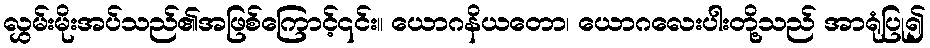
လွှမ်းမိုးအပ်သည်၏အဖြစ်ကြောင့်၎င်း။ ယောဂနိယတော၊ ယောဂလေးပါးတို့သည် အာရုံပြု၍